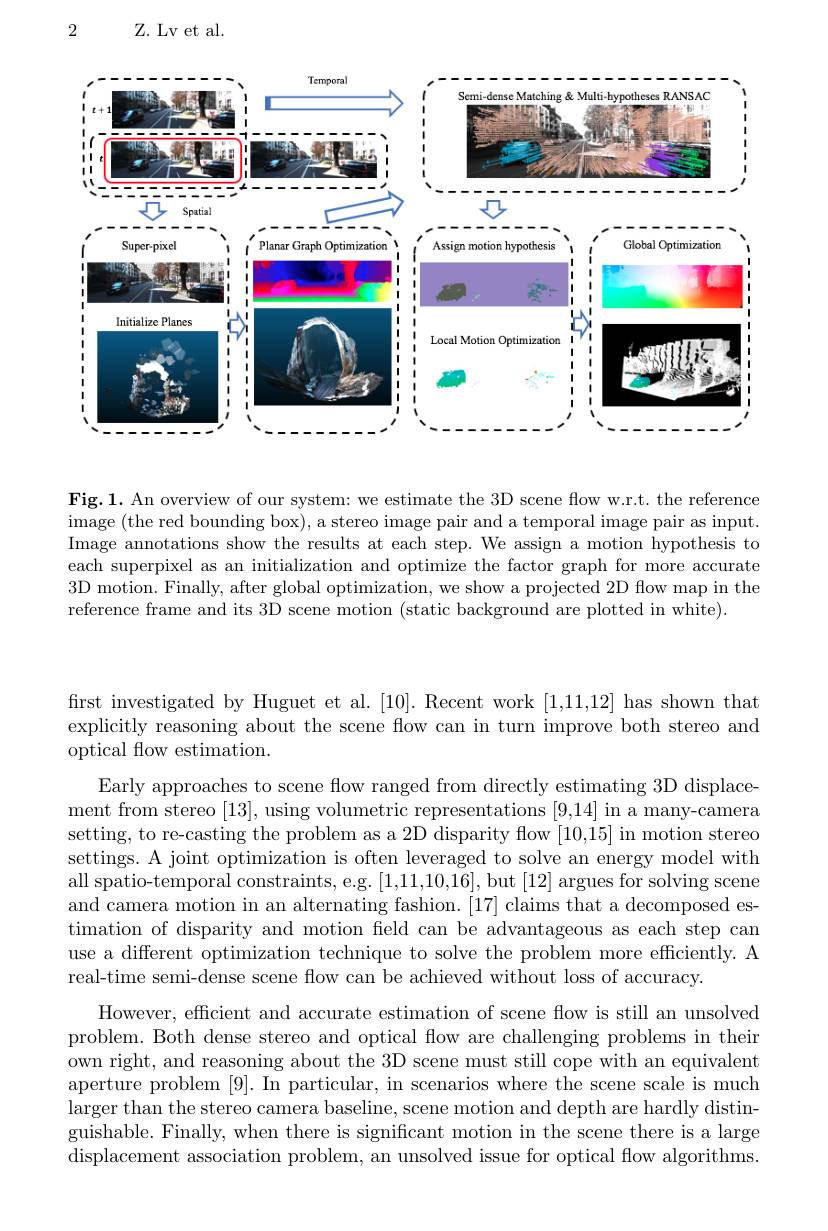
2

Z. Lv et al.

<FigureHere>

Fig.1. An overview of our system: we estimate the 3D scene flow w.r.t. the reference image (the red bounding box), a stereo image pair and a temporal image pair as input. Image annotations show the results at each step. We assign a motion hypothesis to each superpixel as an initialization and optimize the factor graph for more accurate 3D motion. Finally, after global optimization, we show a projected 2D flow map in the reference frame and its 3D scene motion (static background are plotted in white).

first investigated by Huguet et al.[10]. Recent work [1,11,12] has shown that explicitly reasoning about the scene flow can in turn improve both stereo and optical fow estimation.

Early approaches to scene flow ranged from directly estimating 3D displacement from stereo [13], using volumetric representations [9,14] in a many-camera setting, to re-casting the problem as a 2D disparity flow [10,15] in motion stereo settings. A joint optimization is often leveraged to solve an energy model with all spatio-temporal constraints, e.g. [1,11,10,16], but [12] argues for solving scene and camera motion in an alternating fashion. [17] claims that a decomposed estimation of disparity and motion field can be advantageous as each step can use a different optimization technique to solve the problem more efficiently. A real-time semi-dense scene flow can be achieved without loss of accuracy.

However, efficient and accurate estimation of scene flow is still an unsolved problem. Both dense stereo and optical flow are challenging problems in their own right, and reasoning about the 3D scene must still cope with an equivalent aperture problem [9]. In particular, in scenarios where the scene scale is much larger than the stereo camera baseline, scene motion and depth are hardly distinguishable. Finally, when there is significant motion in the scene there is a large displacement association problem, an unsolved issue for optical flow algorithms